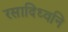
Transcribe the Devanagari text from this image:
रसादिध्वनि